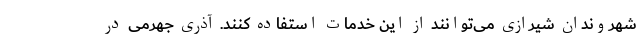
شهروندان شیرازی می‌توانند از این خدمات استفاده کنند. آذری جهرمی در